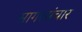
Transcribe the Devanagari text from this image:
सागरसंचार